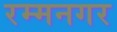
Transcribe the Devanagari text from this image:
रम्मनगर